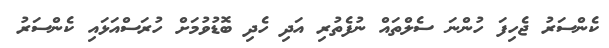
ކެންސަރު ޖެހިފަ ހުންނަ ސެލްތައް ނުފެތުރި އަދި ހެދި ބޮޑުވުމަށް ހުރަސްއަޅައި ކެންސަރު